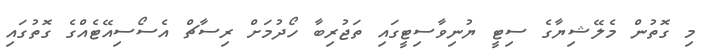
މި ގޮތުން މެލޭޝިޔާގެ ސިޓީ ޔުނިވާސިޓީގައި ތަޖުރިބާ ހޯދުމަށް ރިސާޗް އެސޯސިއޭޓެއްގެ ގޮތުގައި